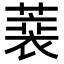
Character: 𦻫